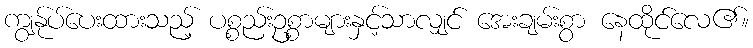
ကျွန်ုပ်ပေးထားသည့် ပစ္စည်းဥစ္စာများနှင့်သာလျှင် အေးချမ်းစွာ နေထိုင်လေ၏။